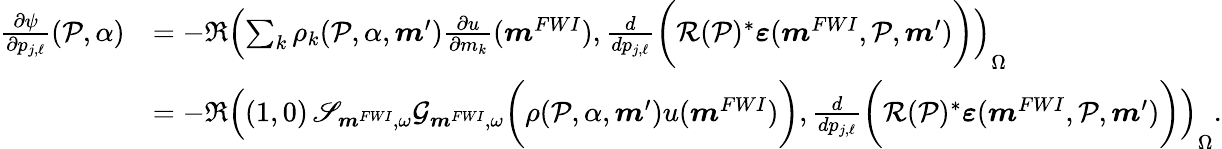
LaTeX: \begin{array}{rl}{\frac{\partial\psi}{\partial p_{j,\ell}}(\mathcal{P},\alpha)}&{=-\Re\left(\sum_{k}\rho_{k}(\mathcal{P},\alpha,\boldsymbol{m}^{\prime})\frac{\partial u}{\partial m_{k}}(\boldsymbol{m}^{FWI}),\frac{d}{dp_{j,\ell}}\bigg(\mathcal{R}(\mathcal{P})^{*}\boldsymbol{\varepsilon}(\boldsymbol{m}^{FWI},\mathcal{P},\boldsymbol{m}^{\prime})\bigg)\right)_{\Omega}}\\ &{=-\Re\left((1,0)\, \mathscr{S}_{\boldsymbol{m}^{FWI},\omega}\mathcal{G}_{\boldsymbol{m}^{FWI},\omega}\bigg(\rho(\mathcal{P},\alpha,\boldsymbol{m}^{\prime})u(\boldsymbol{m}^{FWI})\bigg),\frac{d}{dp_{j,\ell}}\bigg(\mathcal{R}(\mathcal{P})^{*}\boldsymbol{\varepsilon}(\boldsymbol{m}^{FWI},\mathcal{P},\boldsymbol{m}^{\prime})\bigg)\right)_{\Omega}.}\end{array}